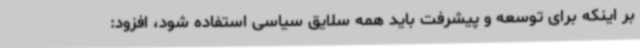
بر اینکه برای توسعه و پیشرفت باید همه سلایق سیاسی استفاده شود، افزود: